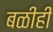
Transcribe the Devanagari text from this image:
बळीही